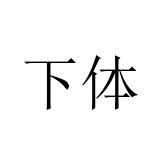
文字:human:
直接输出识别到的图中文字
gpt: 下体